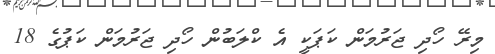
މިރޭ ހޯދި ޖަރުމަން ކަޕަކީ އެ ކްލަބުން ހޯދި ޖަރުމަން ކަޕުގެ 18